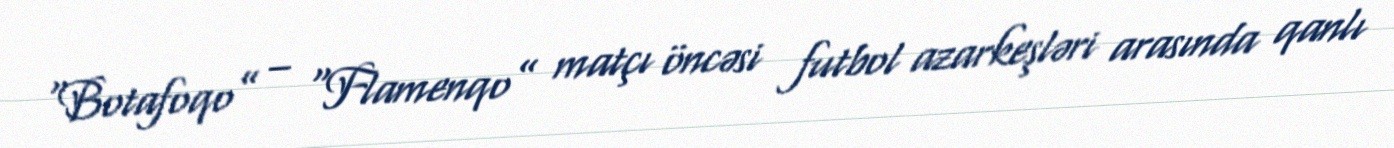
“Botafoqo” – “Flamenqo” matçı öncəsi futbol azarkeşləri arasında qanlı